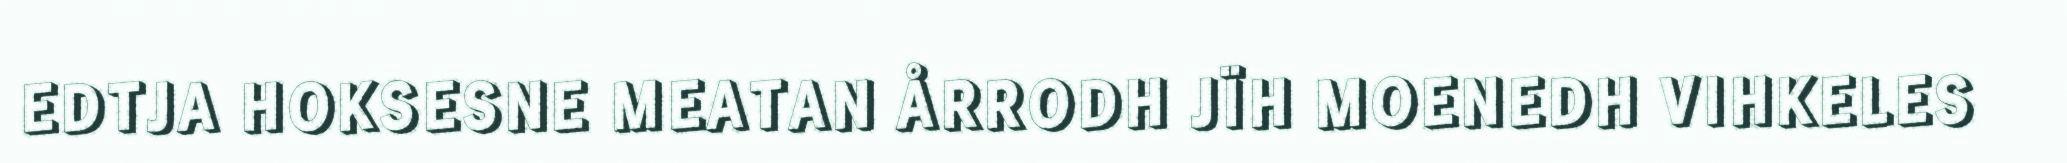
EDTJA HOKSESNE MEATAN ÅRRODH JÏH MOENEDH VIHKELES